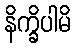
နိက္ခိပါမိ